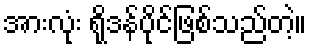
အားလုံး ရိုဒန်ပိုင်ဖြစ်သည်တဲ့။